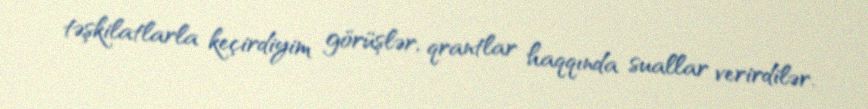
təşkilatlarla keçirdiyim görüşlər, qrantlar haqqında suallar verirdilər.